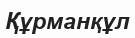
Құрманқұл